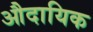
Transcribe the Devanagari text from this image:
औदायिक